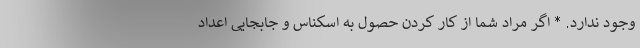
وجود ندارد. * اگر مراد شما از کار کردن حصول به اسکناس و جابجایی اعداد